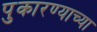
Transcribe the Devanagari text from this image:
पुकारण्याच्या